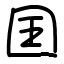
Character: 囯